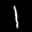
Label: 1